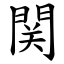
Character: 関